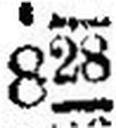
828